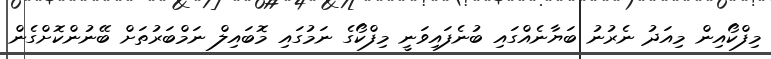
މިފްކޯއިން މިއަދު ނެރުނު ބަޔާނެއްގައި ބުނެފައިވަނީ މިފްކޯގެ ނަމުގައި މޮބައިލް ނަމްބަރުތަށް ބޭނުންކޮށްގެން